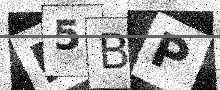
Text: R5BP